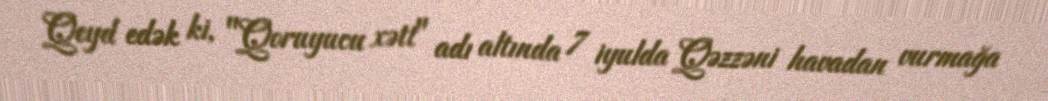
Qeyd edək ki, "Qoruyucu xətt" adı altında 7 iyulda Qəzzəni havadan vurmağa